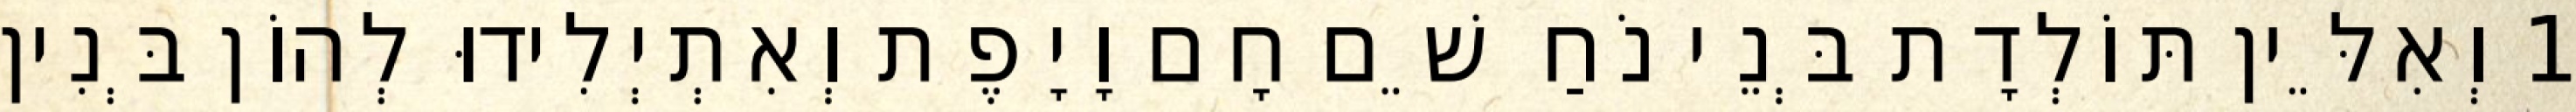
1 וְאִלֵּין תּוֹלְדָת בְּנֵי נֹחַ שֵׁם חָם וָיָפֶת וְאִתְיְלִידוּ לְהוֹן בְּנִין